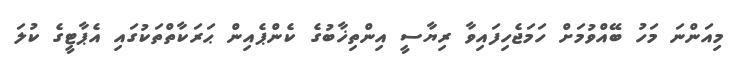
މިއަންނަ މަހު ބޭއްވުމަށް ހަމަޖެހިފައިވާ ރިޔާސީ އިންތިޚާބުގެ ކެންޕެއިން ޙަރަކާތްތަކުގައި އެޕާޓީގެ ކުލަ